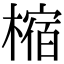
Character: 樎